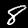
Label: 8